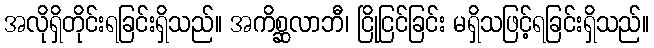
အလိုရှိတိုင်းရခြင်းရှိသည်။ အကိစ္ဆလာဘီ၊ ငြိုငြင်ခြင်း မရှိသဖြင့်ရခြင်းရှိသည်။